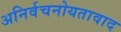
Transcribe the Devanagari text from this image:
अनिर्वचनोयतावाद